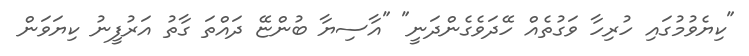
"ކިޔެވުމުގައި ހުރިހާ ވަގުތެއް ހޭދަވެގެންދަނީ" "އާސިޔާ ބުންޏޭ ދައްތަ ގާތު އަރުފީނު ކިޔަވަން